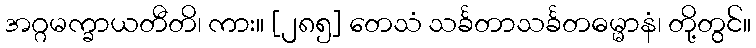
အဂ္ဂမက္ခာယတီတိ၊ ကား။ [၂၈၅] တေသံ သင်္ခတာသင်္ခတဓမ္မာနံ၊ တို့တွင်။